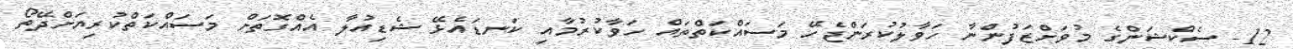
12- ސެކްޝަންގެ މުވަށްޒަފުންނާ ހަވާލުކުރަންޖެހޭ މަސައްކަތްތައް ހަވާކުރުމާއި ކަނޑައެޅޭ ޝެޑިއުލާ އެއްގޮތަށް މަސައްކަތްކުރިޔަށްދޭތޯ